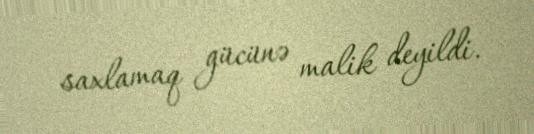
saxlamaq gücünə malik deyildi.